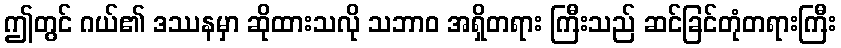
ဤတွင် ဂယ်၏ ဒဿနမှာ ဆိုထားသလို သဘာဝ အရှိတရား ကြီးသည် ဆင်ခြင်တုံတရားကြီး